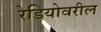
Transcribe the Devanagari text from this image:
रेडियोवरील